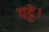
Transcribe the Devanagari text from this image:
पट्टे।